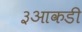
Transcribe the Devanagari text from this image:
३आकडी